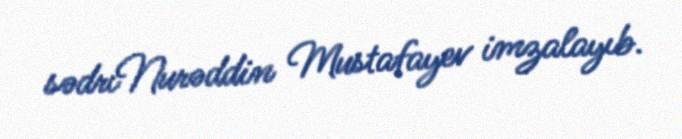
sədriNurəddin Mustafayev imzalayıb.